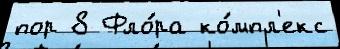
пор 8 Фло́ра ко́мпл'екс